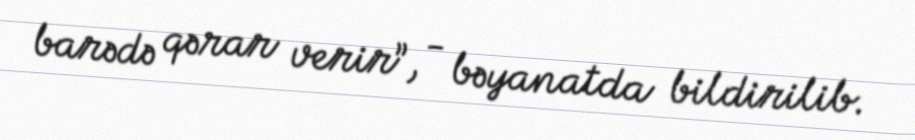
barədə qərar verir”, - bəyanatda bildirilib.